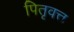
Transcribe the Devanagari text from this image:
पितृवत्त